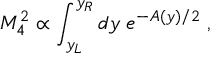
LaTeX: M _ { 4 } ^ { 2 } \propto \int _ { y _ { L } } ^ { y _ { R } } d y \; e ^ { - A ( y ) / 2 } \; ,